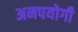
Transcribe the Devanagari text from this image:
अनपयोगी